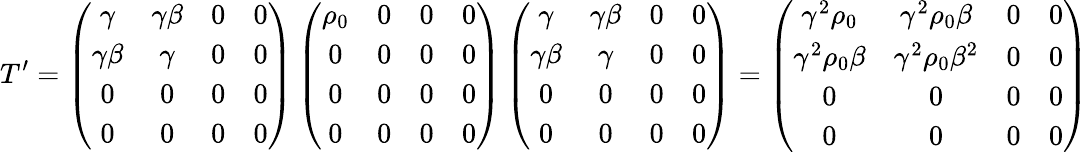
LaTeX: T^{\prime}=\left(\begin{array}{cccc}{\gamma}&{\gamma\beta}&{0}&{0}\\ {\gamma\beta}&{\gamma}&{0}&{0}\\ {0}&{0}&{0}&{0}\\ {0}&{0}&{0}&{0}\end{array}\right)\left(\begin{array}{cccc}{\rho_{0}}&{0}&{0}&{0}\\ {0}&{0}&{0}&{0}\\ {0}&{0}&{0}&{0}\\ {0}&{0}&{0}&{0}\end{array}\right)\left(\begin{array}{cccc}{\gamma}&{\gamma\beta}&{0}&{0}\\ {\gamma\beta}&{\gamma}&{0}&{0}\\ {0}&{0}&{0}&{0}\\ {0}&{0}&{0}&{0}\end{array}\right)=\left(\begin{array}{cccc}{\gamma^{2}\rho_{0}}&{\gamma^{2}\rho_{0}\beta}&{0}&{0}\\ {\gamma^{2}\rho_{0}\beta}&{\gamma^{2}\rho_{0}\beta^{2}}&{0}&{0}\\ {0}&{0}&{0}&{0}\\ {0}&{0}&{0}&{0}\end{array}\right)